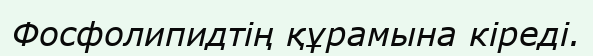
Фосфолипидтiң құрамына кiредi.